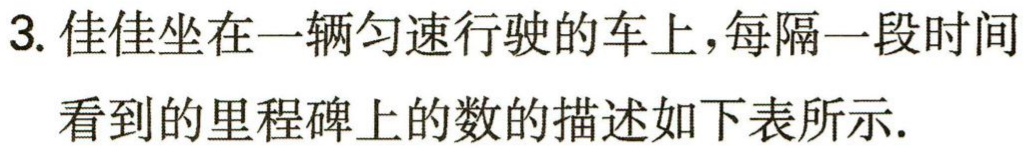
3. 佳佳坐在一辆匀速行驶的车上，每隔一段时间

看到的里程碑上的数的描述如下表所示.